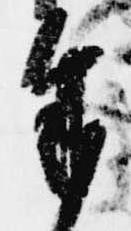
奉